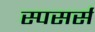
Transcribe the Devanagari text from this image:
स्पसर्स